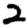
Digit: 2